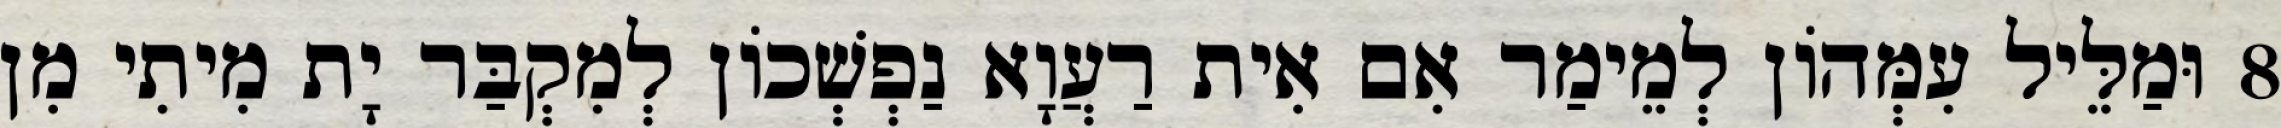
8 וּמַלֵּיל עִמְּהוֹן לְמֵימַר אִם אִית רַעֲוָא נַפְשְׁכוֹן לְמִקְבַּר יָת מִיתִי מִן